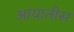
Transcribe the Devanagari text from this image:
आयातीस